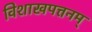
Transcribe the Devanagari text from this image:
विशाखपत्तनम्